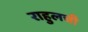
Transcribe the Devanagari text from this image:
राहुलची